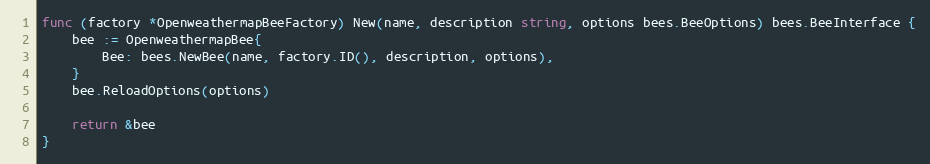
Language: Go
func (factory *OpenweathermapBeeFactory) New(name, description string, options bees.BeeOptions) bees.BeeInterface {
	bee := OpenweathermapBee{
		Bee: bees.NewBee(name, factory.ID(), description, options),
	}
	bee.ReloadOptions(options)

	return &bee
}